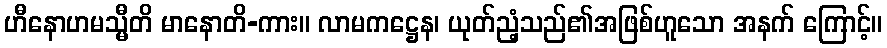
ဟီနောဟမသ္မီတိ မာနောတိ-ကား။ လာမကဋ္ဌေန၊ ယုတ်ညံ့သည်၏အဖြစ်ဟူသော အနက် ကြောင့်။